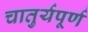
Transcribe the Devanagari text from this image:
चातुर्यपूर्ण